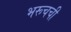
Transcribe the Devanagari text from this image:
भरूचची